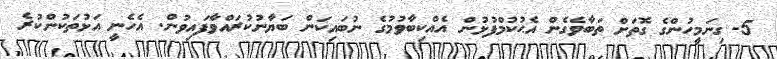
5- ގިނަމީހުންގެ ގޮތަށް ތަބާވެގެން އެޙުކުމްފުޅުން އެއްކިބާވުމުގެ ނުބައިކަން ބަޔާނުކުރައްވާފައިވުން. އެހެނީ އަޅުތަކުންކުރެ